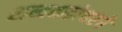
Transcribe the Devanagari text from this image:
शब्दकलेवरचे